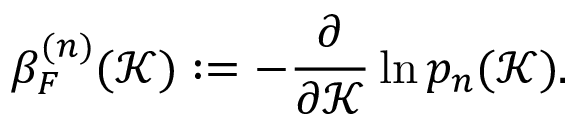
\beta _ { F } ^ { ( n ) } ( \mathcal { K } ) \mathrel { \mathop : } = - \frac { \partial } { \partial \mathcal { K } } \ln p _ { n } ( \mathcal { K } ) .